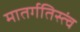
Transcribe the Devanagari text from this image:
मातर्गतिस्त्वं